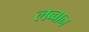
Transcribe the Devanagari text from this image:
लब्बान